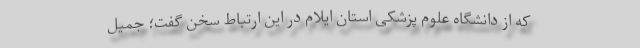
که از دانشگاه علوم پزشکی استان ایلام در این ارتباط سخن گفت؛ جمیل